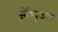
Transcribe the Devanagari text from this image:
ज़ोंघुआ